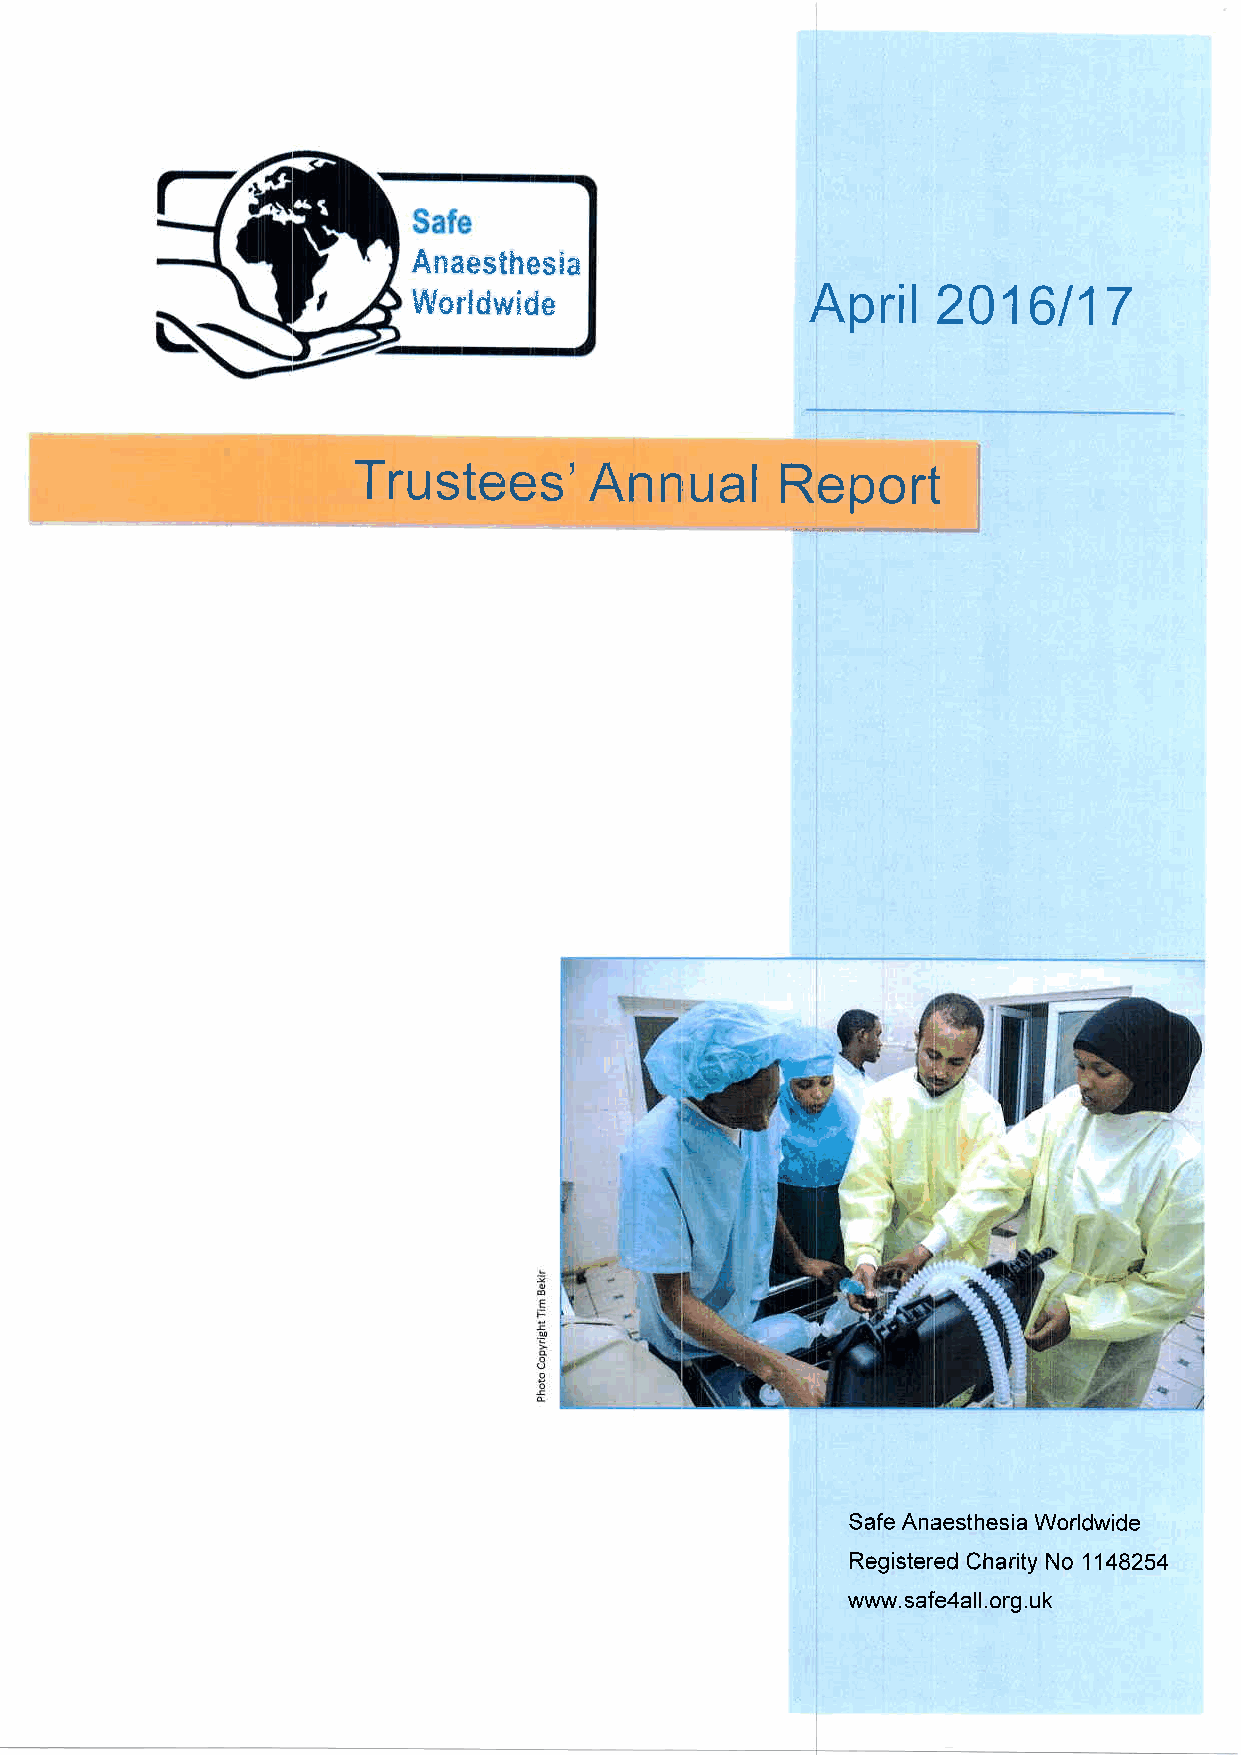
Anaiesthesien
 April
 Worldwide                          2016117
 Trustees'      An     ual   Report
 n
 Safe Anaesthesia Worldwide
 Registered Charity No 1148254
 www.safe4all.org.uk